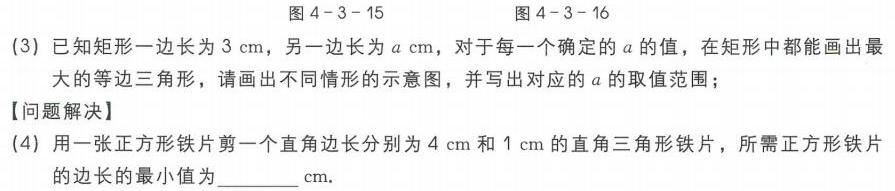
图4-3-15 图4-3-16
(3) 已知矩形一边长为 \(3\mathrm{cm}\)，另一边长为 \(a\mathrm{cm}\)，对于每一个确定的 \(a\) 的值，在矩形中都能画出最大的等边三角形，请画出不同情形的示意图，并写出对应的 \(a\) 的取值范围；
【问题解决】
(4) 用一张正方形铁片剪一个直角边长分别为 \(4\mathrm{cm}\) 和 \(1\mathrm{cm}\) 的直角三角形铁片，所需正方形铁片的边长的最小值为  cm.